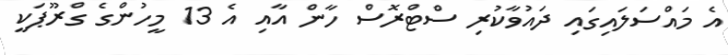
އެ މައްސަލައިގައި ދައުވާކުރި ސްޓްރޮސް ހާން އާއި އެ 13 މީހުންގެ ގްރޫޕަކީ